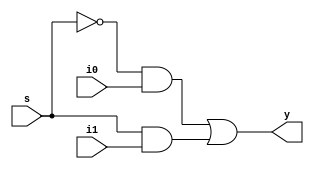
//mux 2 to 1 in gatelevel

module mux2to1 (s,i0,i1,y);
	input s;
	input i0;
	input i1;
	output y;
	/* instance
	mux2to1 m1(.s(),.i0(),.i1(),.y());
	      //    1    1     1    1
	*/
	not n1(s_bar,s);		//need not declare s_bar as its 1 bit and by default it will be wire datatype
	
	and a1(w1,s_bar,i0);
	and a2(w2,s,i1);
	
	or o1(y,w1,w2);
	
endmodule